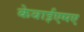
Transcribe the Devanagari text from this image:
केवाईएमए